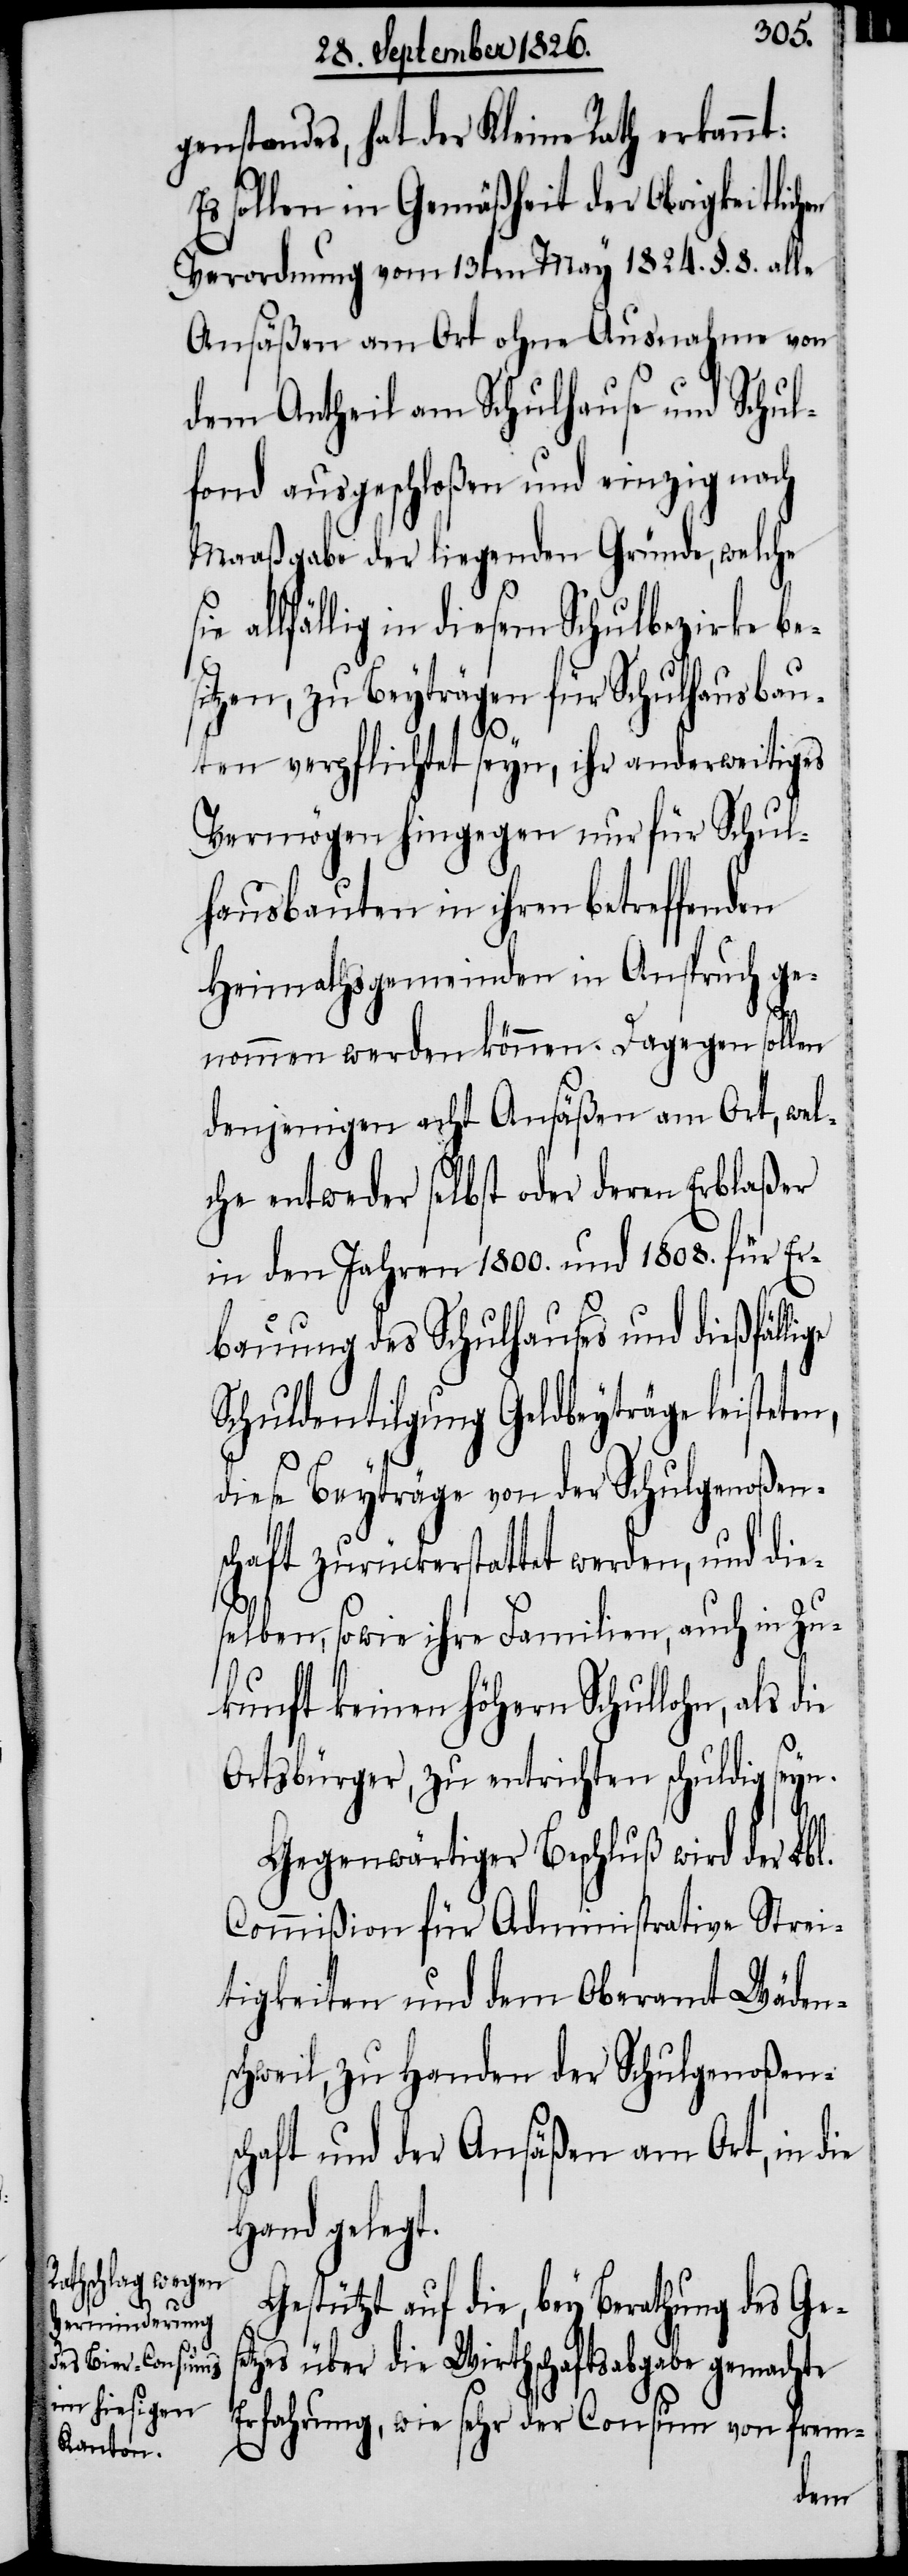
genstandes, hat der Kleine Rath erkannt:
Es sollen in Gemäßheit der Obrigkeitlich¬
Verordnung vom 13ten May 1824. §. 8. alle
Ansäßen am Ort ohne Ausnahme von
dem Antheil am Schulhause und Schul¬
fond ausgeschloßen und einzig nach
Maaßgabe der liegenden Gründe, welche
allfällig in diesem Schulbezirke be¬
sitzen, zu Beyträgen für Schulhausbau¬
ten verpflichtet seyn, ihr anderweitiges
Vermögen hingegen nur für Schul¬
hausbauten in ihren betreffenden
Heimathsgemeinden in Anspruch ge¬
se¬
nommen werden können. Dagegen sollen
denjenigen acht Ansäßen am Ort, wel¬
che entweder selbst oder deren Erblaßer
in den Jahren 1800. und 1808. für Er¬
bauung des Schulhauses und dießfälli¬
Schuldentilgung Geldbeyträge leiste¬
diese Beyträge von der Schulgenoßens¬
chaft zurückerstattet werden, und die¬
selben, sowie ihre Familien, auch in Zu¬
kunft keinen höhern Schullohn, als die
Ortsbürger, zu entrichten schuldig seyn.
Gegenwärtiger Beschluß wird der Lbl.
Commißion für Administrative Strei¬
tigkeiten und dem Oberamt Wäden¬
schweil, zu Handen der Schulgenoßens¬
chaft und der Ansäßen am Ort, in die
Hand gelegt.
Gestützt auf die, bey Berathung des Ge¬
tzes über die Wirthschaftsabgabe gemachte
Erfahrung, wie sehr der Consum von frem-
ten,